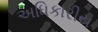
અધિકારીય